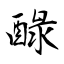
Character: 醁